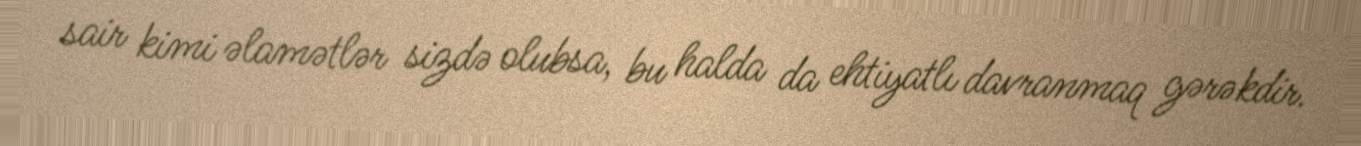
sair kimi əlamətlər sizdə olubsa, bu halda da ehtiyatlı davranmaq gərəkdir.